Vaccination report Assam 1874-1896 - 1874-1896
Year: 1874
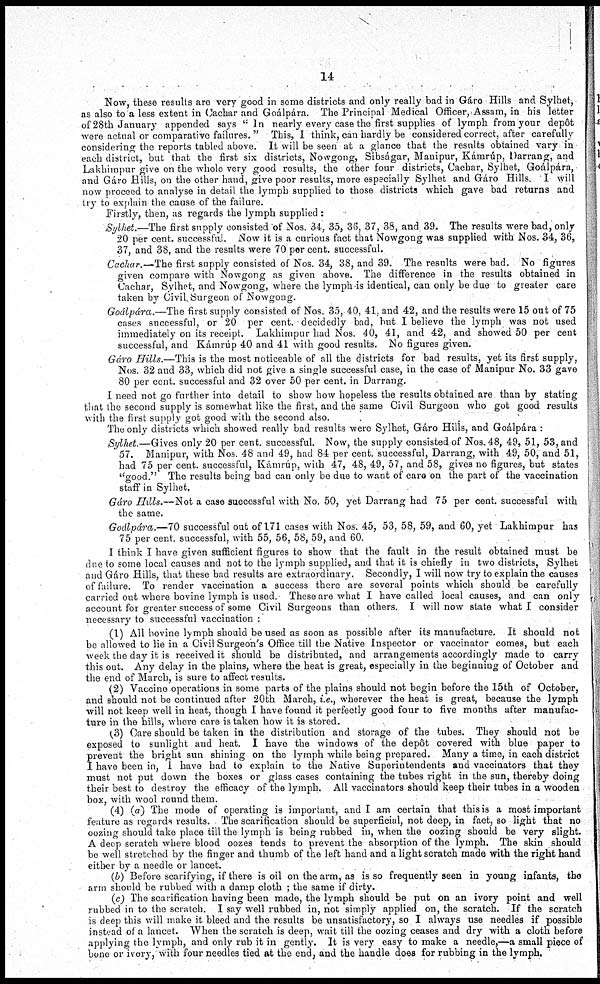
14
Now, these results are very good in some districts and only really bad in Gáro Hills and Sylhet,
as also to a less extent in Cachar and Goálpára. The Principal Medical Officer, Assam, in his letter
of 28th January appended says "In nearly every case the first supplies of lymph from your depôt
were actual or comparative failures. " This, I think, can hardly be considered correct, after carefully
considering the reports tabled above. It will be seen at a glance that the results obtained vary in
each district, but that the first six districts, Nowgong, Sibságar, Manipur, Kámrúp, Darrang, and
Lakhimpur give on the whole very good results, the other four districts, Cachar, Sylhet, Goálpára,
and Gáro Hills, on the other hand, give poor results, more especially Sylhet and Gáro Hills. I will
now proceed to analyse in detail the lymph supplied to those districts which gave bad returns and
try to explain the cause of the failure.
Firstly, then, as regards the lymph supplied :
Sylhet.—The first supply consisted of Nos. 34, 35, 36, 37, 38, and 39. The results were bad, only
20 per cent. successful. Now it is a curious fact that Nowgong was supplied with Nos. 34, 36,
37, and 38, and the results were 70 per cent. successful.
Cachar.—The first supply consisted of Nos. 34, 38, and 39. The results were bad. No figures
given compare with Nowgong as given above. The difference in the results obtained in
Cachar, Sylhet, and Nowgong, where the lymph is identical, can only be due to greater care
taken by Civil. Surgeon of Nowgong.
Goálpára.—The first supply consisted of Nos. 35, 40, 41, and 42, and the results were 15 out of 75
cases successful, or 20 per cent. decidedly bad, but I believe the lymph was not used
immediately on its receipt. Lakhimpur had Nos. 40, 41, and 42, and showed 50 per cent
successful, and Kámrúp 40 and 41 with good results. No figures given.
Gáro Hills.—This is the most noticeable of all the districts for bad results, yet its first supply,
Nos. 32 and 33, which did not give a single successful case, in the case of Manipur No. 33 gave
80 per cent. successful and 32 over 50 per cent. in Darrang.
I need not go further into detail to show how hopeless the results obtained are than by stating
that the second supply is somewhat like the first, and the same Civil Surgeon who got good results
with the first supply got good with the second also.
The only districts which showed really bad results were Sylhet, Gáro Hills, and Goálpára :
Sylhet.—Gives only 20 per cent. successful. Now, the supply consisted,of Nos. 48, 49, 51, 53, and
57. Manipur, with Nos 48 and 49, had 84 per cent. successful, Darrang, with 49, 50, and 51,
had 75 per cent. successful, Kámrúp, with 47, 48, 49, 57, and 58, gives no figures, but states
"good." The results being bad can only be due to want of care on the part of the vaccination
staff in Sylhet,
Gáro Hills.—Not a case successful with No. 50, yet Darrang had 75 per cent. successful with
the same.
Goálpára.—70 successful out of 171 cases with Nos. 45, 53, 58, 59, and 60, yet Lakhimpur has
75 per cent. successful, with 55, 56, 58, 59, and 60.
I think I have given sufficient figures to show that the fault in the result obtained must be
due to some local causes and not to the lymph supplied, and that it is chiefly in two districts, Sylhet
and Gáro Hills, that these bad results are extraordinary. Secondly, I will now try to explain the causes
of failure. To render vaccination a success there are several points which should be carefully
carried out where bovine lymph is used. These are what I have called local causes, and can only
account for greater success of some Civil Surgeons than others. I will now state what I consider
necessary to successful vaccination :
(1) All bovine lymph should be used as soon as possible after its manufacture. It should not
be allowed to lie in a Civil Surgeon's Office till the Native Inspector or vaccinator comes, but each
week the day it is received it should be distributed, and arrangements accordingly made to carry
this out. Any delay in the plains, where the heat is great, especially in the beginning of October and
the end of March, is sure to affect results.
(2) Vaccine operations in some parts of the plains should not begin before the 15th of October,
and should not be continued after 20th March, i.e., wherever the heat is great, because the lymph
will not keep well in heat, though I have found it perfectly good four to five months after manufac-
ture in the hills, where care is taken how it is stored.
(3) Care should be taken in the distribution and storage of the tubes. They should not be
exposed to sunlight and heat. I have the windows of the depôt covered with blue paper to
prevent the bright sun shining on the lymph while being prepared. Many a time, in each district
I have been in, I have had to explain to the Native Superintendents and vaccinators that they
must not put down the boxes or glass cases containing the tubes right in the sun, thereby doing
their best to destroy the efficacy of the lymph. All vaccinators should keep their tubes in a wooden
box, with wool round them.
(4) (a) The mode of operating is important, and I am certain that this is a most important
feature as regards results. The scarification should be superficial, not deep, in fact, so light that no
oozing should take place till the lymph is being rubbed in, when the oozing should be very slight.
A deep scratch where blood oozes tends to prevent the absorption of the lymph. The skin should
be well stretched by the finger and thumb of the left hand and a light scratch made with the right hand
either by a needle or lancet.
(b) Before scarifying, if there is oil on the arm, as is so frequently seen in young infants, the
arm should be rubbed with a damp cloth ; the same if dirty.
(c) The scarification having been made, the lymph should be put on an ivory point and well
rubbed in to the scratch. I say well rubbed in, not simply applied on, the scratch. If the scratch
is deep this will make it bleed and the results be unsatisfactory, so I always use needles if possible
instead of a lancet. When the scratch is deep, wait till the oozing ceases and dry with a cloth before
applying the lymph, and only rub it in gently. It is very easy to make a needle,—a small piece of
bone or ivory, with four needles tied at the end, and the handle does for rubbing in the lymph.